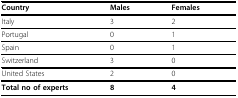
| Country | Males | Females |
 | --- | --- | --- |
 | Italy | 3 | 2 |
 | Portugal | 0 | 1 |
 | Spain | 0 | 1 |
 | Switzerland | 3 | 0 |
 | United States | 2 | 0 |
 | Total no of experts | 8 | 4 |